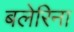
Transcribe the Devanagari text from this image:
बलेरिना